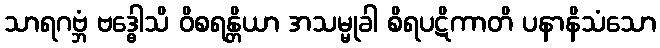
သာရဂဗ္ဘံ ဗဒ္ဓေါသိ ဝိစရန္တိယာ အသမ္မုခါ စိရပဋိကာတိ ပနာနိသံသော